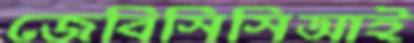
জেবিসিসিআই